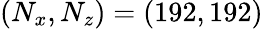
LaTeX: (N_{x},N_{z})=(192,192)